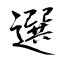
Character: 選